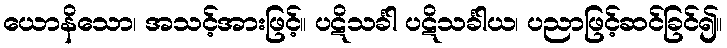
ယောနိသော၊ အသင့်အားဖြင့်။ ပဋိသင်္ခါ ပဋိသင်္ခါယ၊ ပညာဖြင့်ဆင်ခြင်၍။